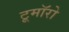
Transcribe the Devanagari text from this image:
टूमॉरो